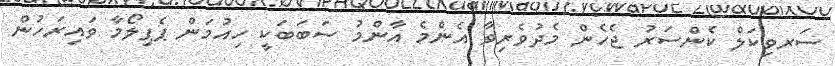
ސަރވިކަލް ކެންސަރު ޖެހެން މެދުވެރިވާ އެންމެ އާންމު ސަބަބަކީ ހިއުމަން ޕެޕިލޯމާ ވައިރަހުން